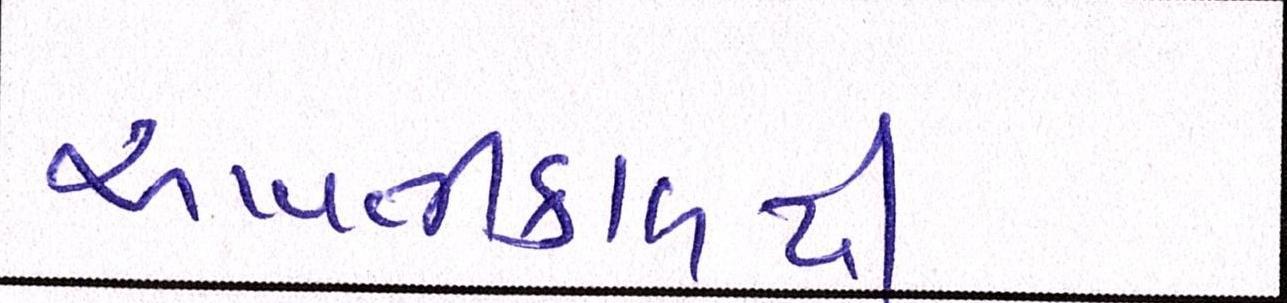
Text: આવતીકાલથી